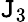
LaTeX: \mathtt{J}_{3}